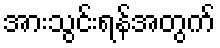
အားသွင်းရန်အတွက်